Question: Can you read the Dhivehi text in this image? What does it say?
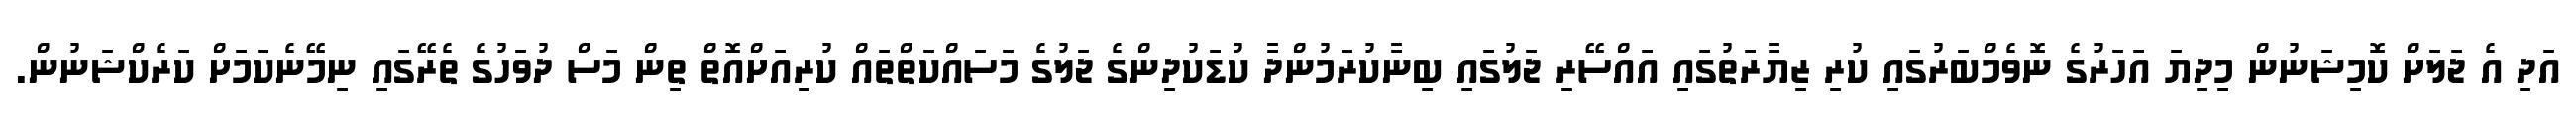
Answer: އަދި އެ ޖަލަށް ކޮމިޝަނުން މިދިޔަ އަހަރުގެ ނޮވެމްބަރުގައި ކުރި ޒިޔާރަތުގައި އައްސޭރި ޖަލުގައި ބިނާކުރަމުންދާ ކުޑަކުދިންގެ ޖަލުގެ މަސައްކަތްތައް ކުރިއަށްއޮތް ތިން މަސް ދުވަހުގެ ތެރޭގައި ނިމޭނެކަމަށް ކަރެކްޝަނުން.